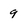
Character: 9